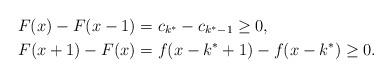
LaTeX: \begin{align*}F(x) - F(x-1) &= c_{k^*}-c_{k^*-1} \geq 0,\\F(x+1) - F(x) &= f(x-k^*+1) - f(x-k^*) \geq 0.\end{align*}